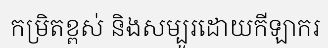
កម្រិតខ្ពស់ និងសម្បូរដោយកីឡាករ